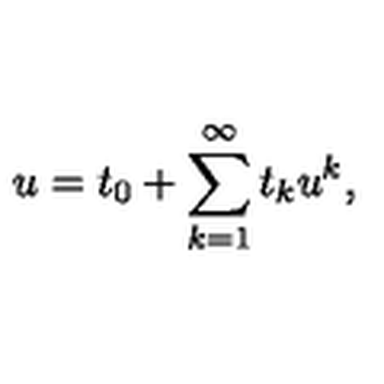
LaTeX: u = t _ { 0 } + \sum _ { k = 1 } ^ { \infty } t _ { k } u ^ { k } ,